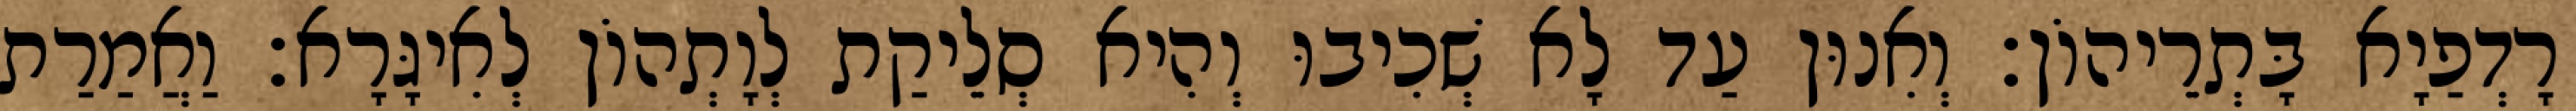
רָדְפַיָא בָּתְרֵיהוֹן׃ וְאִנוּן עַד לָא שְׁכִיבוּ וְהִיא סְלֵיקַת לְוָתְהוֹן לְאִיגָּרָא׃ וַאֲמַרַת